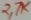
Text: 2.7K